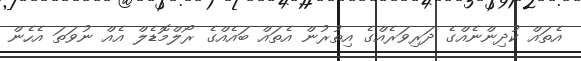
އެތައް ކުދިންނެއްގެ ދަރިވަރެއްގެ އިތުރުން އެތައް ބައެއްގެ ރޯލްމޮޑެލް އެއް ނުވަތަ އެހެން